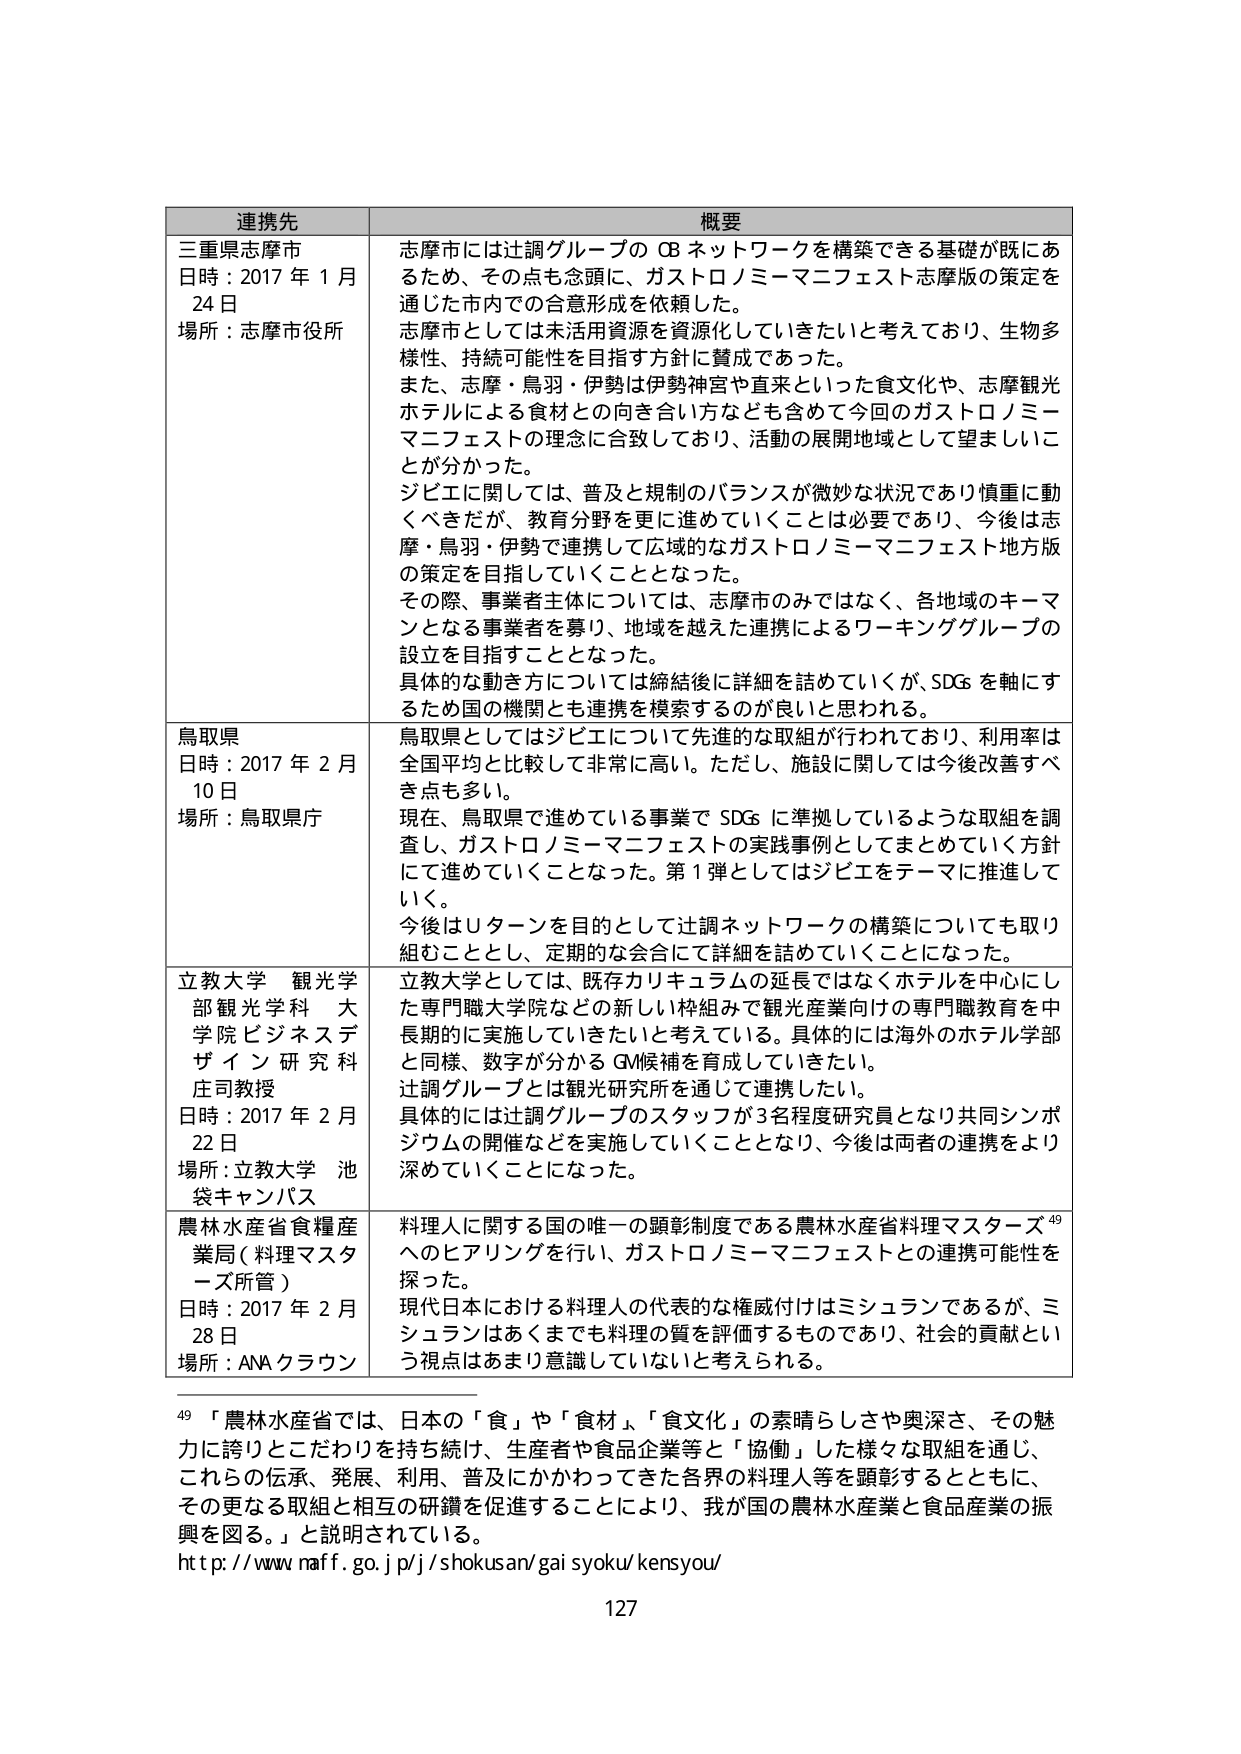
連携先
三重県志摩市
日時：2017年1月
24日
場所：志摩市役所
概要
志摩市には辻調グループのOBネットワークを構築できる基礎が既にあるため、その点も念頭に、ガストロノミーマニフェスト志摩版の策定を通じた市内での合意形成を依頼した。
志摩市としては未活用資源を資源化していきたいと考えており、生物多様性、持続可能性を目指す方針に賛成であった。
また、志摩・鳥羽・伊勢は伊勢神宮や直来といった食文化や、志摩観光ホテルによる食材との向き合い方なども含めて今回のガストロノミーマニフェストの理念に合致しており、活動の展開地域として望ましいことが分かった。
ジビエに関しては、普及と規制のバランスが微妙な状況であり慎重に動くべきだが、教育分野を更に進めていくことは必要であり、今後は志摩・鳥羽・伊勢で連携して広域的なガストロノミーマニフェスト地方版の策定を目指していくこととなった。
その際、事業者主体については、志摩市のみではなく、各地域のキーマンとなる事業者を募り、地域を越えた連携によるワーキンググループの設立を目指すこととなった。
具体的な動き方については締結後に詳細を詰めていくが、SDGsを軸にするため国の機関とも連携を模索するのが良いと思われる。
鳥取県
日時：2017年2月
10日
場所：鳥取県庁
鳥取県としてはジビエについて先進的な取組が行われており、利用率は全国平均と比較して非常に高い。ただし、施設に関しては今後改善すべき点も多い。
現在、鳥取県で進めている事業でSDGsに準拠しているような取組を調査し、ガストロノミーマニフェストの実践事例としてまとめていく方針にて進めていくこととなった。第1弾としてはジビエをテーマに推進していく。
今後はUターンを目的として辻調ネットワークの構築についても取り組むこととし、定期的な会合にて詳細を詰めていくことになった。
立教大学 観光学部観光学科 大学院ビジネスデザイン研究科 庄司教授
日時：2017年2月
22日
場所：立教大学 池袋キャンパス
立教大学としては、既存カリキュラムの延長ではなくホテルを中心にした専門職大学院などの新しい枠組みで観光産業向けの専門職教育を中長期的に実施していきたいと考えている。具体的には海外のホテル学部と同様、数字が分かるGM候補を育成していきたい。
辻調グループとは観光研究所を通じて連携したい。
具体的には辻調グループのスタッフが3名程度研究員となり共同シンポジウムの開催などを実施していくこととなり、今後は両者の連携をより深めていくことになった。
農林水産省食糧産業局（料理マスターズ所管）
日時：2017年2月
28日
場所：ANAクラウン
料理人に関する国の唯一の顕彰制度である農林水産省料理マスターズ49へのヒアリングを行い、ガストロノミーマニフェストとの連携可能性を探った。
現代日本における料理人の代表的な権威付けはミシュランであるが、ミシュランはあくまでも料理の質を評価するものであり、社会的貢献という視点はあまり意識されていないと考えられる。
49 「農林水産省では、日本の「食」や「食材」、「食文化」の素晴らしさや奥深さ、その魅力に誇りとこだわりを持ち続け、生産者や食品企業等と「協働」した様々な取組を通じ、これらの伝承、発展、利用、普及にかかわってきた各界の料理人等を顕彰するとともに、その更なる取組と相互の研鑽を促進することにより、我が国の農林水産業と食品産業の振興を図る。」と説明されている。
http://www.maff.go.jp/j/shokusan/gai_syoku/kensyou/
127